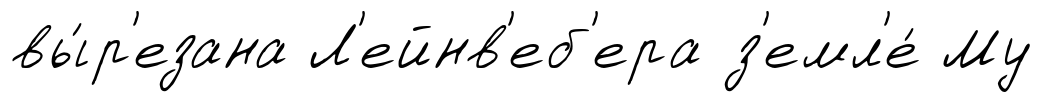
вы́р'езана Л'ейнв'еб'ера з'емл'е́ Му